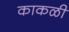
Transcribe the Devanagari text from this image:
काकळी